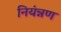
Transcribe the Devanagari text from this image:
नियंन्नण